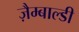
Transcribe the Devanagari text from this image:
ज़ैम्बाल्डी